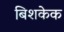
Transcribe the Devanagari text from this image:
बिशकेक